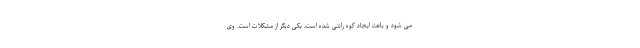
می شود و باعث ایجاد کوه رانتی شده است، یکی دیگر از مشکلات است. وی